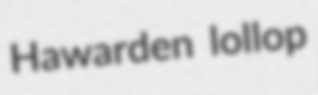
Hawarden lollop